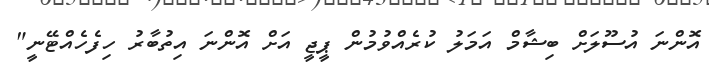
އޮންނަ އުސޫލަށް ބިޝާމް އަމަލު ކުރެއްވުމުން ޕީޖީ އަށް އޮންނަ އިތުބާރު ހިފެހެއްޓޭނީ"